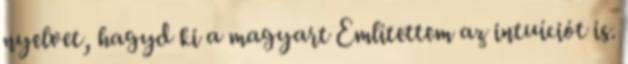
nyelvet, hagyd ki a magyart Említettem az intuíciót is.